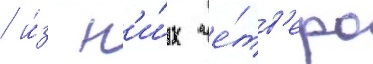
/ и́з н'и́х че́тв'еро